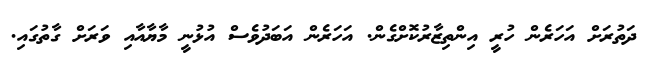
ދަތުރަށް އަހަރެން ހުރީ އިންތިޒާރުކޮށްގެން. އަހަރެން އަބަދުވެސް އުޅުނީ މާޔާއާއި ވަރަށް ގާތުގައި.